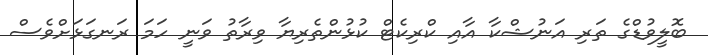
ބޮލީވުޑްގެ ތަރި އަނުޝްކާ އާއި ކްރިކެޓް ކުޅުންތެރިޔާ ވިރާތު ވަނީ ހަމަ ރަނގަޅަށްވެސް